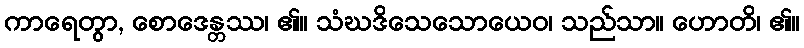
ကာရေတွာ, စောဒေန္တဿ၊ ၏။ သံဃဒိသေသောယေဝ၊ သည်သာ။ ဟောတိ၊ ၏။